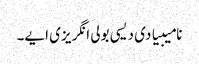
نامیبیا دی دیسی بولی انگریزی ایے۔